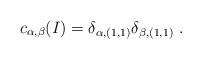
LaTeX: \begin{align*}c_{\alpha,\beta}(I) = \delta_{\alpha,(1,1)} \delta_{\beta,(1,1)}\ .\end{align*}